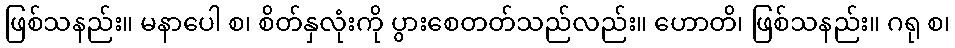
ဖြစ်သနည်း။ မနာပေါ စ၊ စိတ်နှလုံးကို ပွားစေတတ်သည်လည်း။ ဟောတိ၊ ဖြစ်သနည်း။ ဂရု စ၊